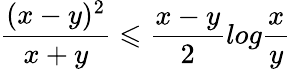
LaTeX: \frac{(x-y)^{2}}{x+y}\leqslant\frac{x-y}{2}log\frac{x}{y}